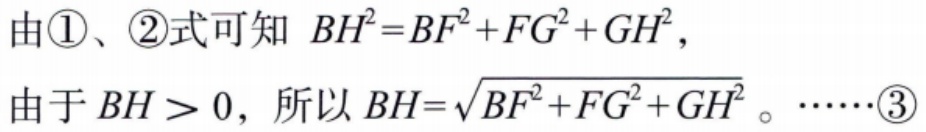
由\textcircled{1}、\textcircled{2}式可知 \(BH^{2}=BF^{2}+FG^{2}+GH^{2}\)，
由于 \(BH > 0\)，所以 \(BH=\sqrt{BF^{2}+FG^{2}+GH^{2}}\)。……\textcircled{3}